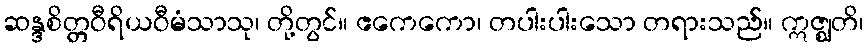
ဆန္ဒစိတ္တဝီရိယဝီမံသာသု၊ တို့တွင်။ ဧကေကော၊ တပါးပါးသော တရားသည်။ ဣဇ္ဈတိ၊